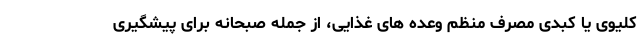
کلیوی یا کبدی مصرف منظم وعده های غذایی، از جمله صبحانه برای پیشگیری